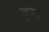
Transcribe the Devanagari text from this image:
ड्रन